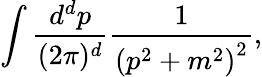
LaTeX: \int{\frac{d^{d}p}{(2\pi)^{d}}}{\frac{1}{\left(p^{2}+m^{2}\right)^{2}}},